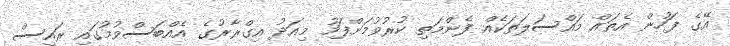
އޭގެ ފަހުން އެތައް މައްސަލަތަކެއް ފެންމަތި ކުރުވުމަށްފަހު މިއަދު އިގްރާރުގެ އެއްބަސްވުމުގައި ރައީސް